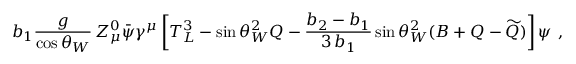
b _ { 1 } \frac { g } { \cos \theta _ { W } } \, Z _ { \mu } ^ { 0 } \bar { \psi } \gamma ^ { \mu } \left[ T _ { L } ^ { 3 } - \sin \theta _ { W } ^ { 2 } Q - \frac { b _ { 2 } - b _ { 1 } } { 3 \, b _ { 1 } } \sin \theta _ { W } ^ { 2 } ( B + Q - \widetilde { Q } ) \right] \psi \ ,